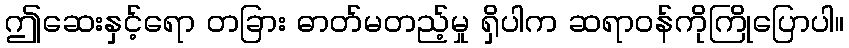
ဤဆေးနှင့်ရော တခြား ဓာတ်မတည့်မှု ရှိပါက ဆရာဝန်ကိုကြိုပြောပါ။